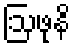
ဩဖုနိ